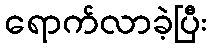
ရောက်လာခဲ့ပြီး